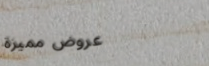
عروض مميزة